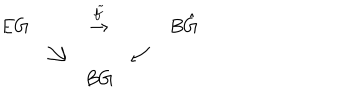
LaTeX: \begin{array} { c c c c c } { { E G } } & { { } } & { { \stackrel { \tilde { f } } { \rightarrow } } } & { { } } & { { B \hat { G } } } \\ { { } } & { { \searrow } } & { { } } & { { \swarrow } } & { { } } \\ { { } } & { { } } & { { B G } } & { { } } & { { } } \\ \end{array}